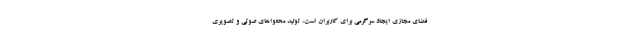
فضای مجازی ایجاد سرگرمی برای کاربران است، تولید محتواهای صوتی و تصویری